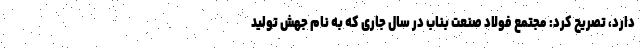
دارد، تصریح کرد: مجتمع فولاد صنعت بناب در سال جاری که به نام جهش تولید